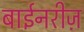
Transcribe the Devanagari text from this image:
बाईनरीज़